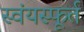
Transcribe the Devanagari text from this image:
स्वंयस्फूर्त